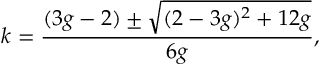
k = \frac { ( 3 g - 2 ) \pm \sqrt { ( 2 - 3 g ) ^ { 2 } + 1 2 g } } { 6 g } ,